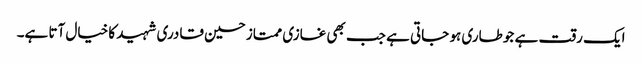
ایک رقت ہے جو طاری ہو جاتی ہے جب بھی غازی ممتاز حسین قادری شہید کا خیال آتا ہے۔